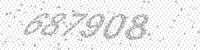
Solution: 687908